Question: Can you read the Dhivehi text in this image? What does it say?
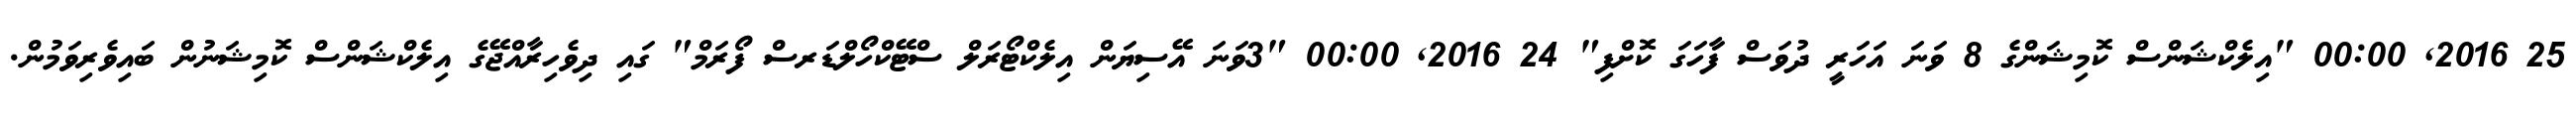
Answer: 25 2016, 00:00 "އިލެކްޝަންސް ކޮމިޝަންގެ 8 ވަނަ އަހަރީ ދުވަސް ފާހަގަ ކޮށްފި" 24 2016, 00:00 "3ވަނަ އޭސިޔަން އިލެކްޓޯރަލް ސްޓޭކްހޯލްޑަރސް ފޯރަމް" ގައި ދިވެހިރާއްޖޭގެ އިލެކްޝަންސް ކޮމިޝަނުން ބައިވެރިވަމުން.